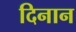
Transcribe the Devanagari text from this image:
दिनान